King Institute of Preventive Medicine Bacteriolog. Section reports 1907-08
Year: 1907
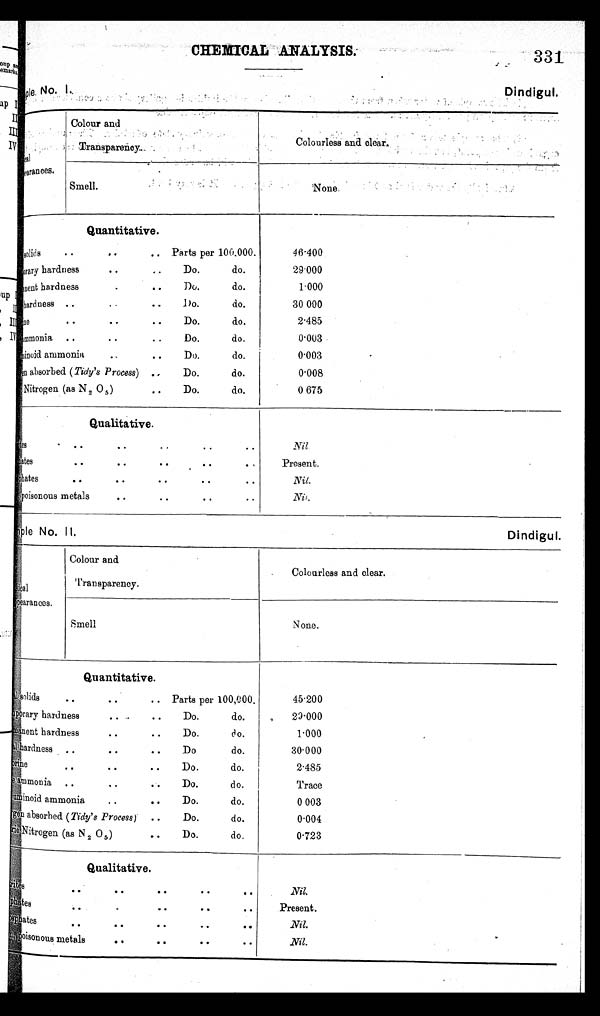
CHEMICAL ANALYSIS.-
331
No. I.
D i n d i g u l
cal
arances.
Colour and
Transparency.
Colourless and clear.
None.
Smell.
Quantitative.
solids
• •
Parts per 100,000.
rary hardness
• •
..
Do.
do.
ent hardness
.
• •
Do.
do.
hardness ..
..
..
Do.
do.
n e
• • •
• •
D o .
do.
mmonia ..
• •
• .
Do.
do.
miniod ammonia • . .. Do. do.
en absorbed (Tide's Process) ..
Do.
do.
Nitrogen (as N 2 0 5 )
• •
Do.
do.
46.400
29·000
1·000
30·000
2·485
0·003
0·003
0·008
0·675
Qualitative.
es .. .. • • • • • •
ates
• •
• •
• •
• •
. ,
h ates
..
• •
• •
• •
• •
poisonous metals
• •
• •
• •
..
Nil
Present.
Nil.
Nil..
No.II.
Dindigul.
cal
pearances.
Colour and
Transparency.
Colourless and clear.
N one.
Smell
Quantitative.
solids
• •
• •
• • Parts per 100,000.
orary hardness
• •
• •
Do.
do.
manent hardness
• •
• •
Do.
coo.
hardness
• •
..
• •
Do
do.
ne
..
• •
• •
Do.
do.
ammonia . .
••
Do.
do.
minoid ammonia
Do.
do.
, ,
• •
en absorbed (Tidy's Process)
Do.
do.
Nitrogen (as N2 0 5 )
• •
Do.
do.
45· 200
25·000
1· 000
30·000
2·485
Trace
0·003
0·004
0·723
Qualitative.
rites
• •• •
• •
• •
phates •
. •
• •
..
osphates
• •
• •
• •
• 0
poisonous metals
• .
• •
..
..
Nil.
Present.
Nil.
.